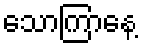
သောကြာနေ့